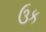
ઉક